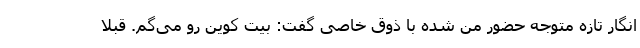
انگار تازه متوجه حضور من شده با ذوق خاصی گفت: بیت کوین رو می­گم. قبلاً